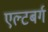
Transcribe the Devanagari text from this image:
एल्टबर्ग